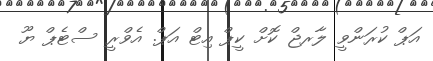
އަޕް ކުރަންވީ ލާރޖް ކޮށް ކީޕް އިޓް އަޕް. އެވްރީ ސްޓެޕް ޔޫ